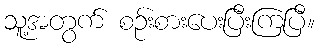
သူ့အတွက် စဉ်းစားပေးပြီးကြပြီ။